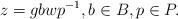
LaTeX: \begin{align*}z=gbwp^{-1}, b\in B, p\in P.\end{align*}